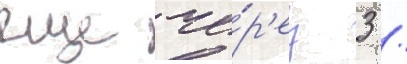
еще че́р'ез 3 /